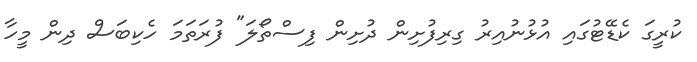
ކުރީގަ ކެޑޭޓުގައި އުޅުނުއިރު ގިރިފުށިން ދުށިން ފިސްތޯލަ" ފުރަތަމަ ހެކިބަސް ދިން މީހާ